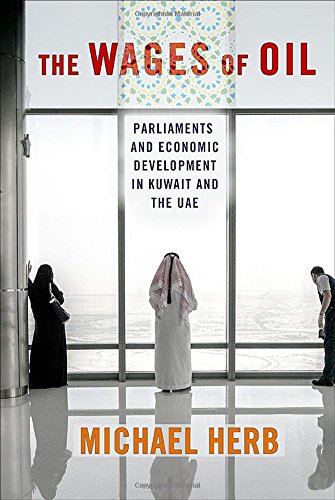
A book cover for The Wages of Oil: Parliaments and Economic Development in Kuwait and the UAE; Michael Herb; History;